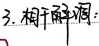
3. 相于解调：